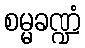
စမ္မခဏ္ဍံ